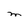
Character: M